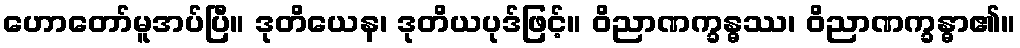
ဟောတော်မူအပ်ပြီ။ ဒုတိယေန၊ ဒုတိယပုဒ်ဖြင့်။ ဝိညာဏက္ခန္ဓဿ၊ ဝိညာဏက္ခန္ဓာ၏။